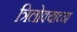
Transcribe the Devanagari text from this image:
त्रिलोक्याच्या